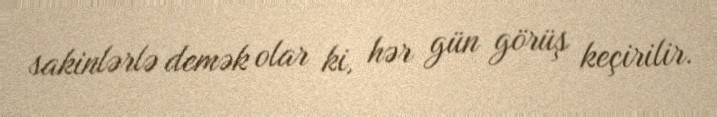
sakinlərlə demək olar ki, hər gün görüş keçirilir.